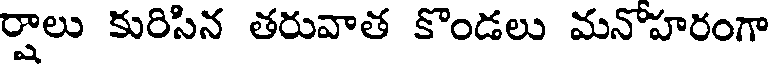
ర్షాలు కురిసిన తరువాత కొండలు మనోహరంగా